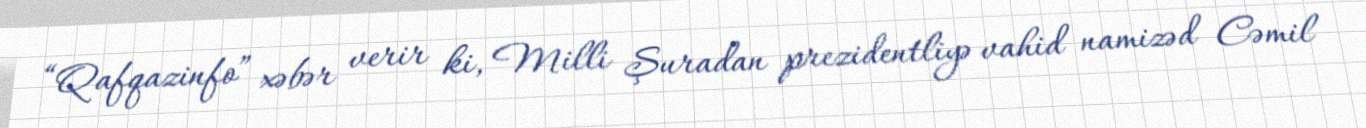
“Qafqazinfo” xəbər verir ki, Milli Şuradan prezidentliyə vahid namizəd Cəmil